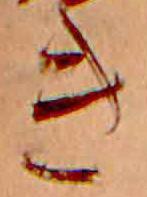
き